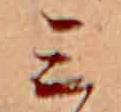
ミ